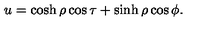
u = \cosh \rho \cos \tau + \sinh \rho \cos \phi .